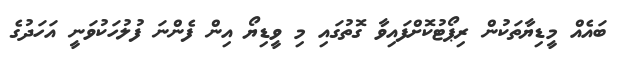
ބައެއް މީޑިޔާތަކުން ރިޕޯޓުކޮށްފައިވާ ގޮތުގައި މި ވީޑިޔޯ އިން ފެންނަ ފުލުހަކުވަނީ އަހަދުގެ